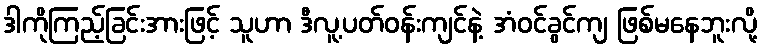
ဒါကိုကြည့်ခြင်းအားဖြင့် သူဟာ ဒီလူ့ပတ်ဝန်းကျင်နဲ့ အံဝင်ခွင်ကျ ဖြစ်မနေဘူးလို့